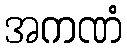
အကဏံ